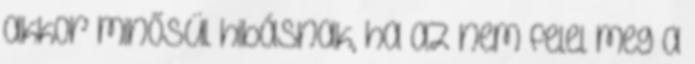
akkor minősül hibásnak, ha az nem felel meg a